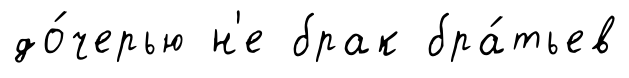
до́черью н'е брак бра́тьев